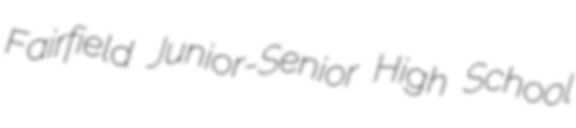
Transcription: Fairfield Junior-Senior High School